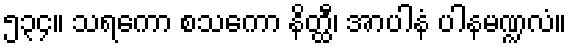
၅၃၄။ သရကော စသကော နိတ္ထီ၊ အာပါနံ ပါနမဏ္ဍလံ။